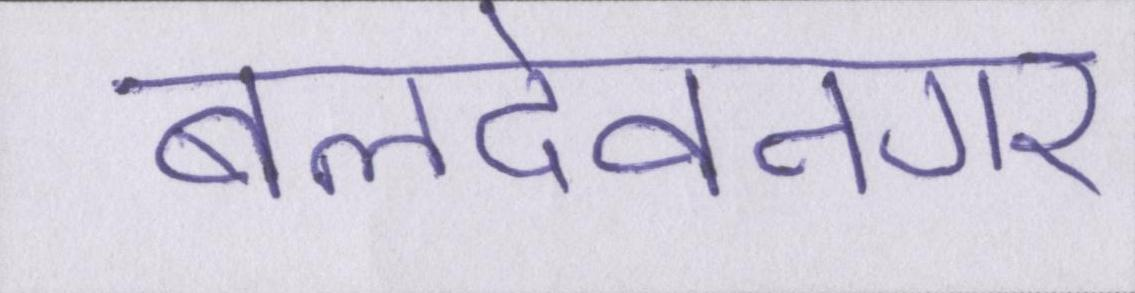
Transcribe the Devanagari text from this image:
बलदेवनगर